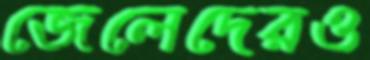
জেলেদেরও